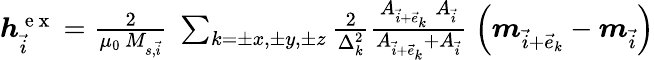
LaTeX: \begin{array}{r}{\boldsymbol{h}_{\vec{i}}^{\mathrm{~e~x~}}=\frac{2}{\mu_{0}\, M_{s,\vec{i}}}\; \sum_{k=\pm x,\pm y,\pm z}\frac{2}{\Delta_{k}^{2}}\frac{A_{\vec{i}+\vec{e}_{k}}\; A_{\vec{i}}}{A_{\vec{i}+\vec{e}_{k}}+A_{\vec{i}}}\; \left(\boldsymbol{m}_{\vec{i}+\vec{e}_{k}}-\boldsymbol{m}_{\vec{i}}\right)}\end{array}